Annual report of the Punjab Veterinary College and of the Civil Veterinary Department, Punjab - 1926-1932
Year: 1926
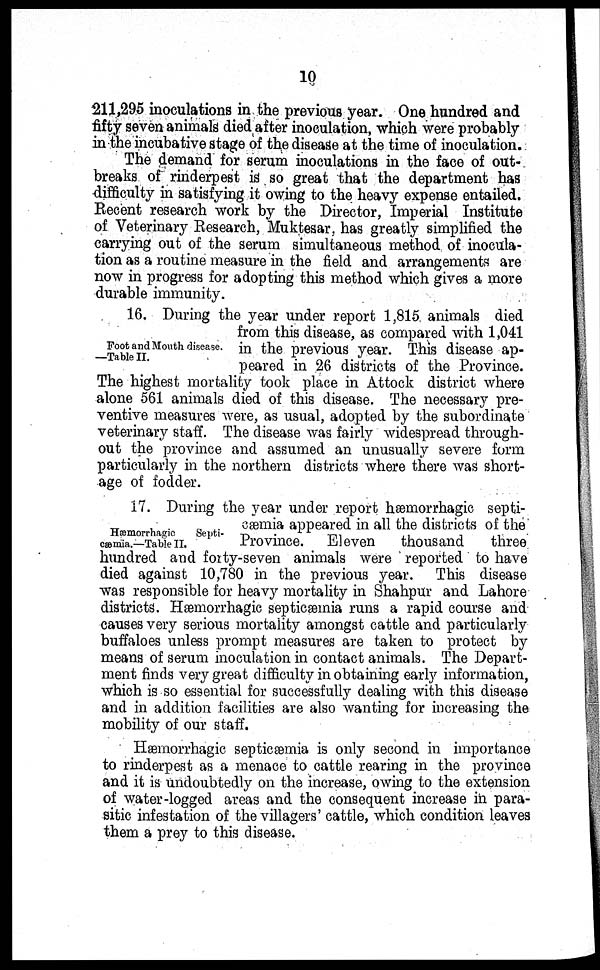
10
211,295 inoculations in the previous year. One hundred and
fifty seven animals died after inoculation, which were probably
in the incubative stage of the disease at the time of inoculation.
The demand for serum inoculations in the face of out-
breaks of rinderpest is so great that the department has
difficulty in satisfying it owing to the heavy expense entailed.
Recent research work by the Director, Imperial Institute
of Veterinary Research, Muktesar, has greatly simplified the
carrying out of the serum simultaneous method of inocula-
tion as a routine measure in the field and arrangements are
now in progress for adopting this method which gives a more
durable immunity.
Foot and Mouth disease.
—Table II.
16. During the year under report 1,815 animals died
from this disease, as compared with 1,041
in the previous year. This disease ap-
peared in 26 districts of the Province.
The highest mortality took place in Attock district where
alone 561 animals died of this disease. The necessary pre-
ventive measures were, as usual, adopted by the subordinate
veterinary staff. The disease was fairly widespread through-
out the province and assumed an unusually severe form
particularly in the northern districts where there was short-
age of fodder.
Hæmorrhagic
Septi-
cæmia.—Table II.
17. During the year under report hæmorrhagic septi-
cæmia appeared in all the districts of the
Province. Eleven
thousand
three
hundred and forty-seven animals were reported to have
died against 10,780 in the previous year. This disease
was responsible for heavy mortality in Shahpur and Lahore
districts. Hæmorrhagic septicæmia runs a rapid course and
causes very serious mortality amongst cattle and particularly
buffaloes unless prompt measures are taken to protect by
means of serum inoculation in contact animals. The Depart-
ment finds very great difficulty in obtaining early information,
which is so essential for successfully dealing with this disease
and in addition facilities are also wanting for increasing the
mobility of our staff.
Hæmorrhagic septicæmia is only second in importance
to rinderpest as a menace to cattle rearing in the province
and it is undoubtedly on the increase, owing to the extension
of water-logged areas and the consequent increase in para-
sitic infestation of the villagers' cattle, which condition leaves
them a prey to this disease.